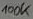
Text: 100K